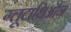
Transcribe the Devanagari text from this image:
ग्लूटाथिऑन